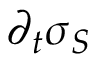
\partial _ { t } \sigma _ { S }